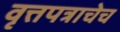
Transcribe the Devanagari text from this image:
वृत्तपत्राचेच